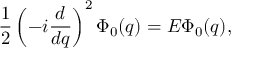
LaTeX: \frac { 1 } { 2 } \left( - i \frac { d } { d q } \right) ^ { 2 } \Phi _ { 0 } ( q ) = { \cal E } \Phi _ { 0 } ( q ) ,